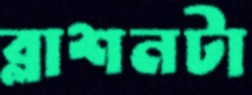
ব্লাশনটা